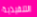
التنفيذية